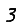
Digit: 3